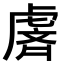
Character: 𫊢